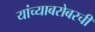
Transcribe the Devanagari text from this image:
यांच्याबरोबरची